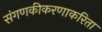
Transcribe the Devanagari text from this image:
संगणकीकरणाकरिता